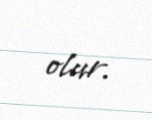
olur.